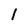
Character: 1